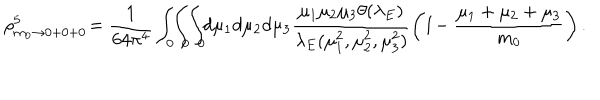
\rho _ { m _ { 0 } \rightarrow 0 + 0 + 0 } ^ { 5 } \! = \frac { 1 } { 6 4 \pi ^ { 4 } } \int _ { 0 } \! \! \int _ { 0 } \! \! \int _ { 0 } \! \! d \mu _ { 1 } d \mu _ { 2 } d \mu _ { 3 } \frac { \mu _ { 1 } \mu _ { 2 } \mu _ { 3 } \theta ( \lambda _ { E } ) } { \lambda _ { E } ( \mu _ { 1 } ^ { 2 } , \mu _ { 2 } ^ { 2 } , \mu _ { 3 } ^ { 2 } ) } \left( 1 \! - \frac { \mu _ { 1 } + \mu _ { 2 } + \mu _ { 3 } } { m _ { 0 } } \right) .